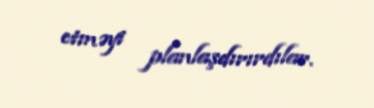
etməyi planlaşdırırdılar.